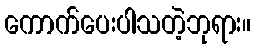
ကောက်ပေးပါသတဲ့ဘုရား။